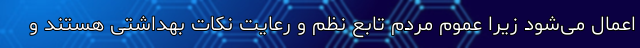
اعمال می‌شود زیرا عموم مردم تابع نظم و رعایت نکات بهداشتی هستند و